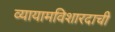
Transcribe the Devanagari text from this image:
व्यायामविशारदाची